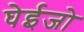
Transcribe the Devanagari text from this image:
घेईजो